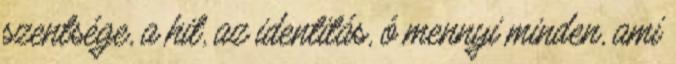
szentsége, a hit, az identitás, ó mennyi minden, ami